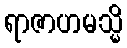
ရာဇာဟမသ္မိ